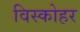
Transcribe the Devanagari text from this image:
विस्कोहर